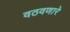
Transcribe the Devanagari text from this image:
वठवणारे